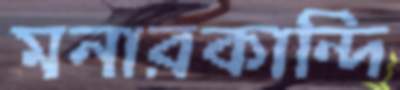
মনারকান্দি